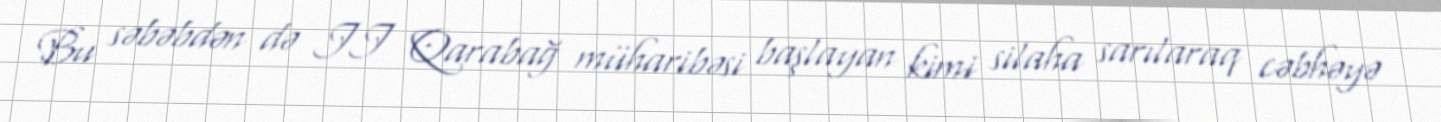
Bu səbəbdən də II Qarabağ müharibəsi başlayan kimi silaha sarılaraq cəbhəyə